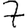
Digit: 7